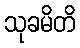
သုခမိတိ